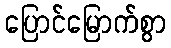
ပြောင်မြောက်စွာ